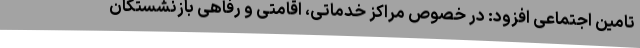
تامین اجتماعی افزود: در خصوص مراکز خدماتی، اقامتی و رفاهی بازنشستگان